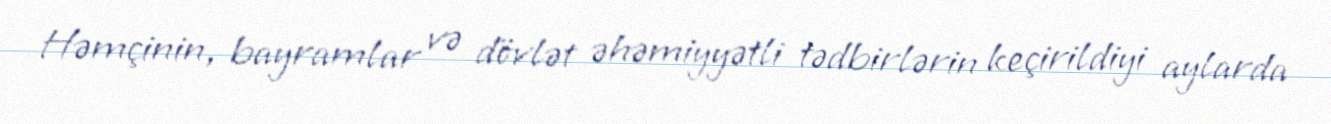
Həmçinin, bayramlar və dövlət əhəmiyyətli tədbirlərin keçirildiyi aylarda